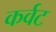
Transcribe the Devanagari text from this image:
कर्वट